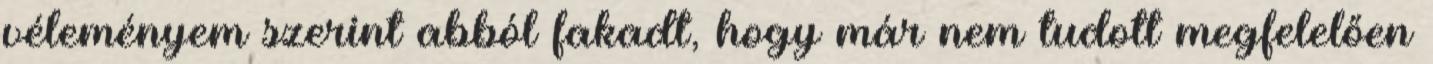
véleményem szerint abból fakadt, hogy már nem tudott megfelelően